Annual administration report of the Civil Veterinary Department of India - 1907-1908
Year: 1907
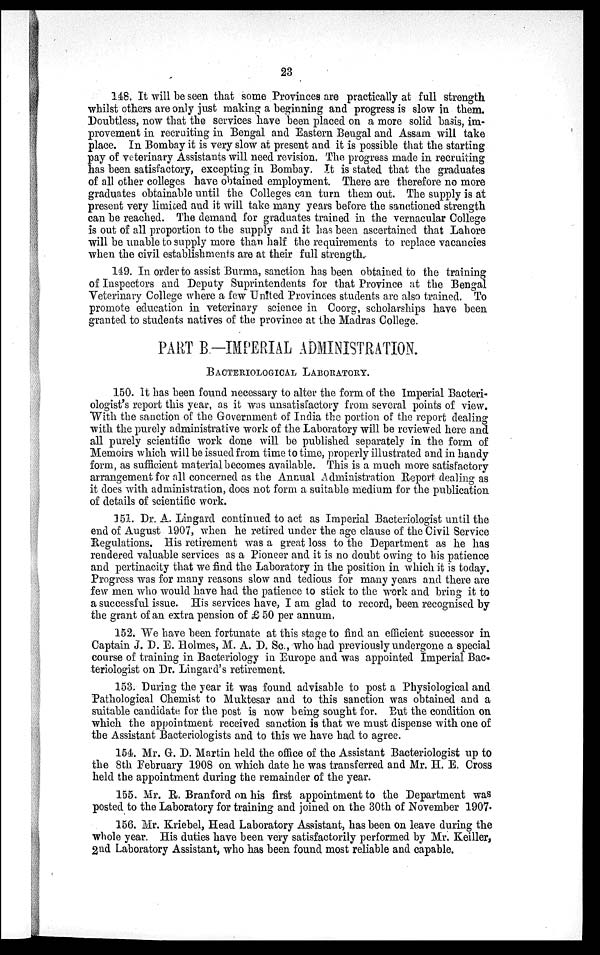
23
148. It will be seen that some Provinces are practically at full strength
whilst others are only just making a beginning and progress is slow in them.
Doubtless, now that the services have been placed on a more solid basis, im-
provement in recruiting in Bengal and Eastern Bengal and Assam will take
place. In Bombay it is very slow at present and it is possible that the starting
pay of veterinary Assistants will need revision. The progress made in recruiting
has been satisfactory, excepting in Bombay. It is stated that the graduates
of all other colleges have obtained employment. There are therefore no more
graduates obtainable until the Colleges can turn them out. The supply is at
present very limited and it will take many years before the sanctioned strength
can be reached. The demand for graduates trained in the vernacular College
is out of all proportion to the supply and it has been ascertained that Lahore
will be unable to supply more than half the requirements to replace vacancies
when the civil establishments are at their full strength.
149. In order to assist Burma, sanction has been obtained to the training
of Inspectors and Deputy Suprintendents for that Province at the Bengal
Veterinary College where a few United Provinces students are also trained. To
promote education in veterinary science in Coorg, scholarships have been
granted to students natives of the province at the Madras College.
PART B—IMPERIAL ADMINISTRATION.
BACTERIOLOGICAL LABORATORY.
150. It has been found necessary to alter the form of the Imperial Bacteri-
ologist's report this year, as it was unsatisfactory from several points of view.
With the sanction of the Government of India the portion of the report dealing
with the purely administrative work of the Laboratory will be reviewed here and
all purely scientific work done will be published separately in the form of
Memoirs which will be issued from time to time, properly illustrated and in handy
form, as sufficient material becomes available. This is a much more satisfactory
arrangement for all concerned as the Annual Administration Report dealing as
it does with administration, does not form a suitable medium for the publication
of details of scientific work.
151. Dr. A. Lingard continued to act as Imperial Bacteriologist until the
end of August 1907, when he retired under the age clause of the Civil Service
Regulations. His retirement was a great loss to the Department as he has
rendered valuable services as a Pioneer and it is no doubt owing to his patience
and pertinacity that we find the Laboratory in the position in which it is today.
Progress was for many reasons slow and tedious for many years and there are
few men who would have had the patience to stick to the work and bring it to
a successful issue. His services have, I am glad to record, been recognised by
the grant of an extra pension of £50 per annum.
152. We have been fortunate at this stage to find an efficient successor in
Captain J. D. E. Holmes, M. A. D. Sc., who had previously undergone a special
course of training in Bacteriology in Europe and was appointed Imperial Bac-
teriologist on Dr. Lingard's retirement.
153. During the year it was found advisable to post a Physiological and
Pathological Chemist to Muktesar and to this sanction was obtained and a
suitable candidate for the post is now being sought for. But the condition on
which the appointment received sanction is that we must dispense with one of
the Assistant Bacteriologists and to this we have had to agree.
154. Mr. G. D. Martin held the office of the Assistant Bacteriologist up to
the 8th February 1908 on which date he was transferred and Mr. H. E. Cross
held the appointment during the remainder of the year.
155. Mr. R. Branford on his first appointment to the Department was
posted to the Laboratory for training and joined on the 30th of November 1907.
156. Mr. Kriebel, Head Laboratory Assistant, has been on leave during the
whole year. His duties have been very satisfactorily performed by Mr. Keiller,
2nd Laboratory Assistant, who has been found most reliable and capable.